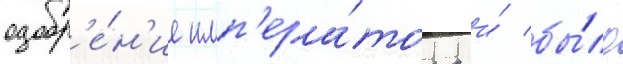
одобр'е́н'ие имп'ера́тора и́ бы́ло